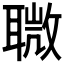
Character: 𦗈